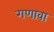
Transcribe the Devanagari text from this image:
गणावा